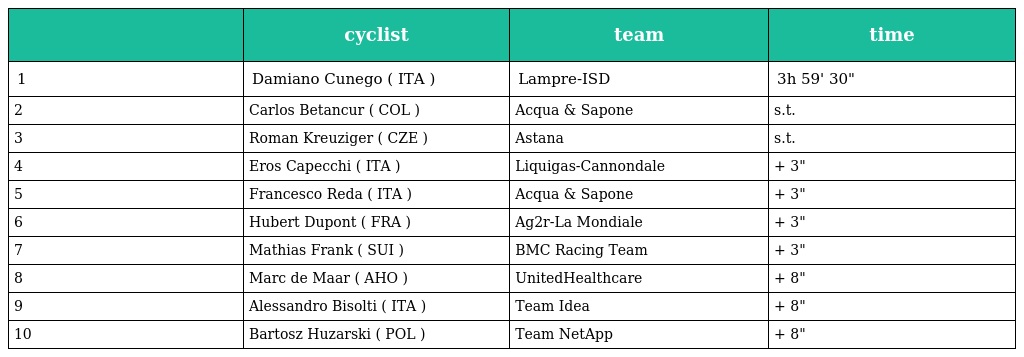
|  | cyclist | team | time |
 | --- | --- | --- | --- |
 | 1 | Damiano Cunego ( ITA ) | Lampre-ISD | 3h 59' 30" |
 | 2 | Carlos Betancur ( COL ) | Acqua & Sapone | s.t. |
 | 3 | Roman Kreuziger ( CZE ) | Astana | s.t. |
 | 4 | Eros Capecchi ( ITA ) | Liquigas-Cannondale | + 3" |
 | 5 | Francesco Reda ( ITA ) | Acqua & Sapone | + 3" |
 | 6 | Hubert Dupont ( FRA ) | Ag2r-La Mondiale | + 3" |
 | 7 | Mathias Frank ( SUI ) | BMC Racing Team | + 3" |
 | 8 | Marc de Maar ( AHO ) | UnitedHealthcare | + 8" |
 | 9 | Alessandro Bisolti ( ITA ) | Team Idea | + 8" |
 | 10 | Bartosz Huzarski ( POL ) | Team NetApp | + 8" |